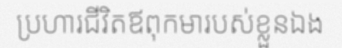
ប្រហារជីវិតឪពុកមារបស់ខ្លួនឯង